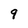
Character: 9